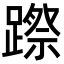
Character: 𨄊